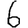
Digit: 6